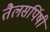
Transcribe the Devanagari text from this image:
तैलसर्पिषी